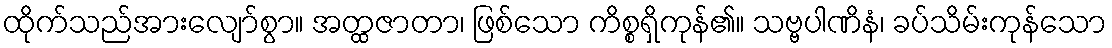
ထိုက်သည်အားလျော်စွာ။ အတ္ထဇာတာ၊ ဖြစ်သော ကိစ္စရှိကုန်၏။ သဗ္ဗပါဏိနံ၊ ခပ်သိမ်းကုန်သော